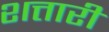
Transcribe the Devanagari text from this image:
शत्तारी